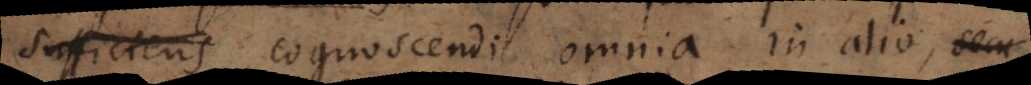
rincipium cognoscendi omnia in alio,